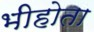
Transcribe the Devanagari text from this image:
भीहोता